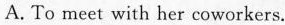
A. To meet with her coworkers.